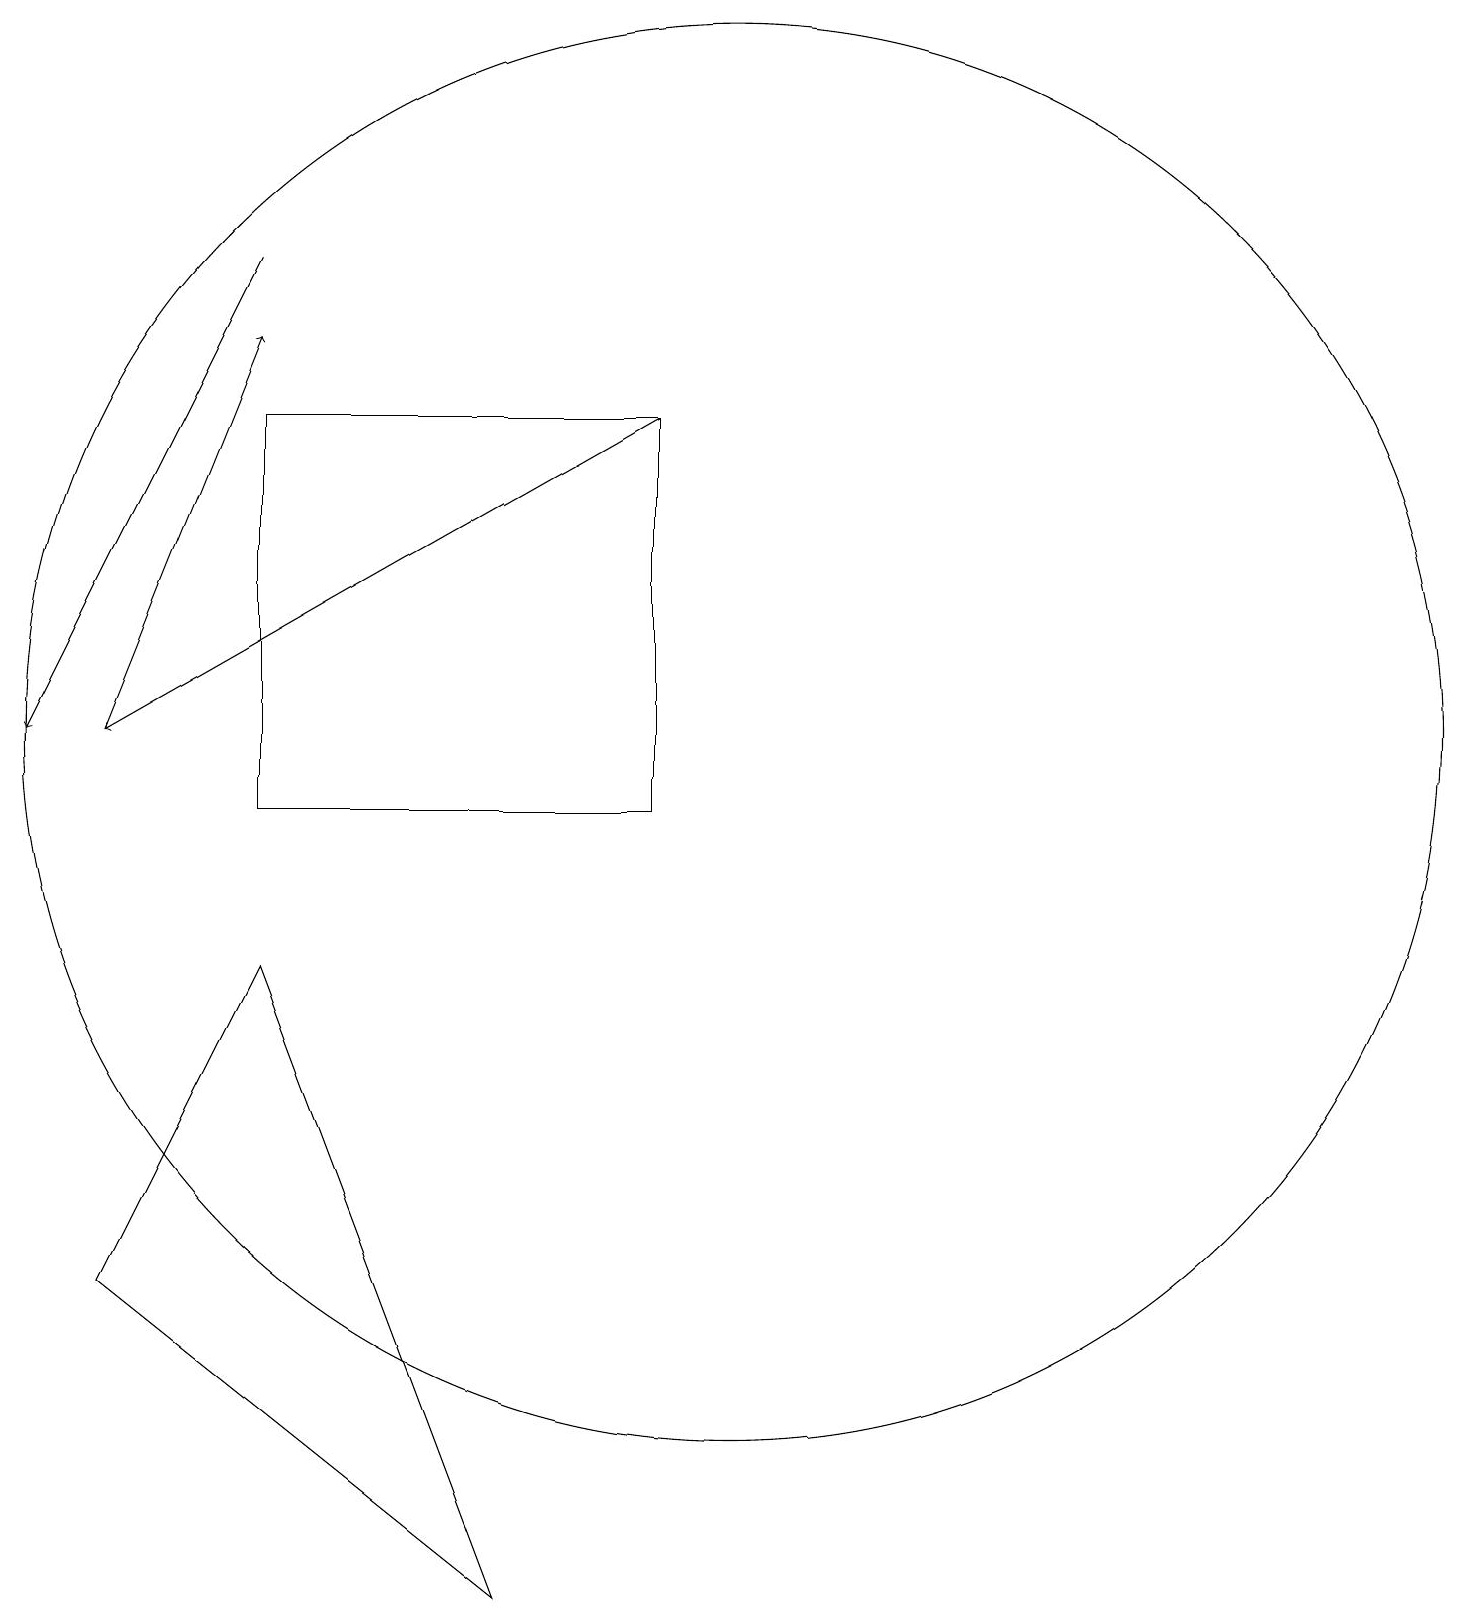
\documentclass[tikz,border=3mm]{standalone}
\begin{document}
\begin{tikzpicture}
\draw[->] (9,16) -- (2,12);
\draw[->] (4,18) -- (1,12);
\draw[->] (2,12) -- (4,17);
\draw (4,9) -- (7,1) -- (2,5) -- cycle;
\draw (10,12) circle (9);
\draw (4,16) rectangle (9,11);
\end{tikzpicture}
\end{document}